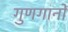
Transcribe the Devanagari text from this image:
गुणगानों